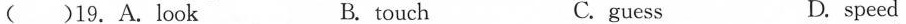
( )19.A.look B. touch C. guess D. speed